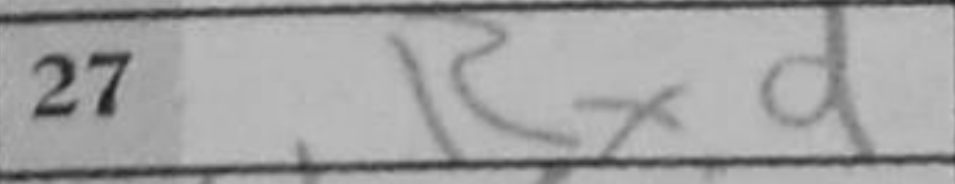
Transcription: Rxd